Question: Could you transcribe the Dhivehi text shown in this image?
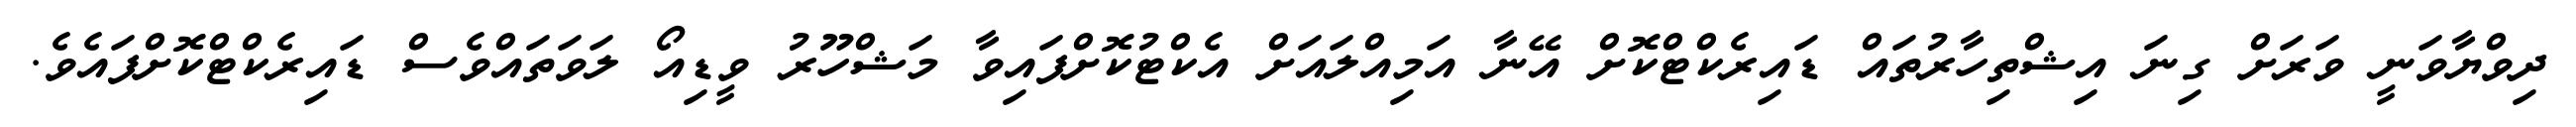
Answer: ދިވްޔާވަނީ ވަރަށް ގިނަ އިޝްތިހާރުތައް ޑައިރެކްޓްކޮށް އޭނާ އަމިއްލައަށް އެކްޓުކޮށްފައިވާ މަޝްހޫރު ވީޑިއޯ ލަވަތައްވެސް ޑައިރެކްޓްކޮށްފައެވެ.